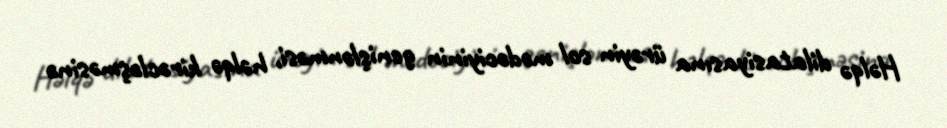
Həlqə dilatasiyasına ürəyin sol mədəciyinin genişlənməsi, həlqə kirəcləşməsinə